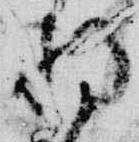
将